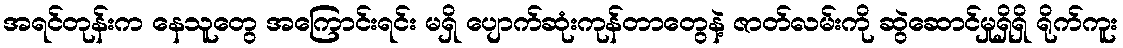
အရင်တုန်းက နေသူတွေ အကြောင်းရင်း မရှိ ပျောက်ဆုံးကုန်တာတွေနဲ့ ဇာတ်လမ်းကို ဆွဲဆောင်မှုရှိရှိ ရိုက်ကူး